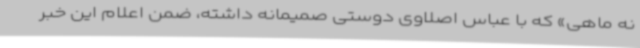
نه ماهی» که با عباس اصلاوی دوستی صمیمانه داشته، ضمن اعلام این خبر